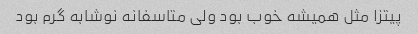
پیتزا مثل همیشه خوب بود ولی متاسفانه نوشابه گرم بود